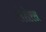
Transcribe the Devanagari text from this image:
लेशेरस